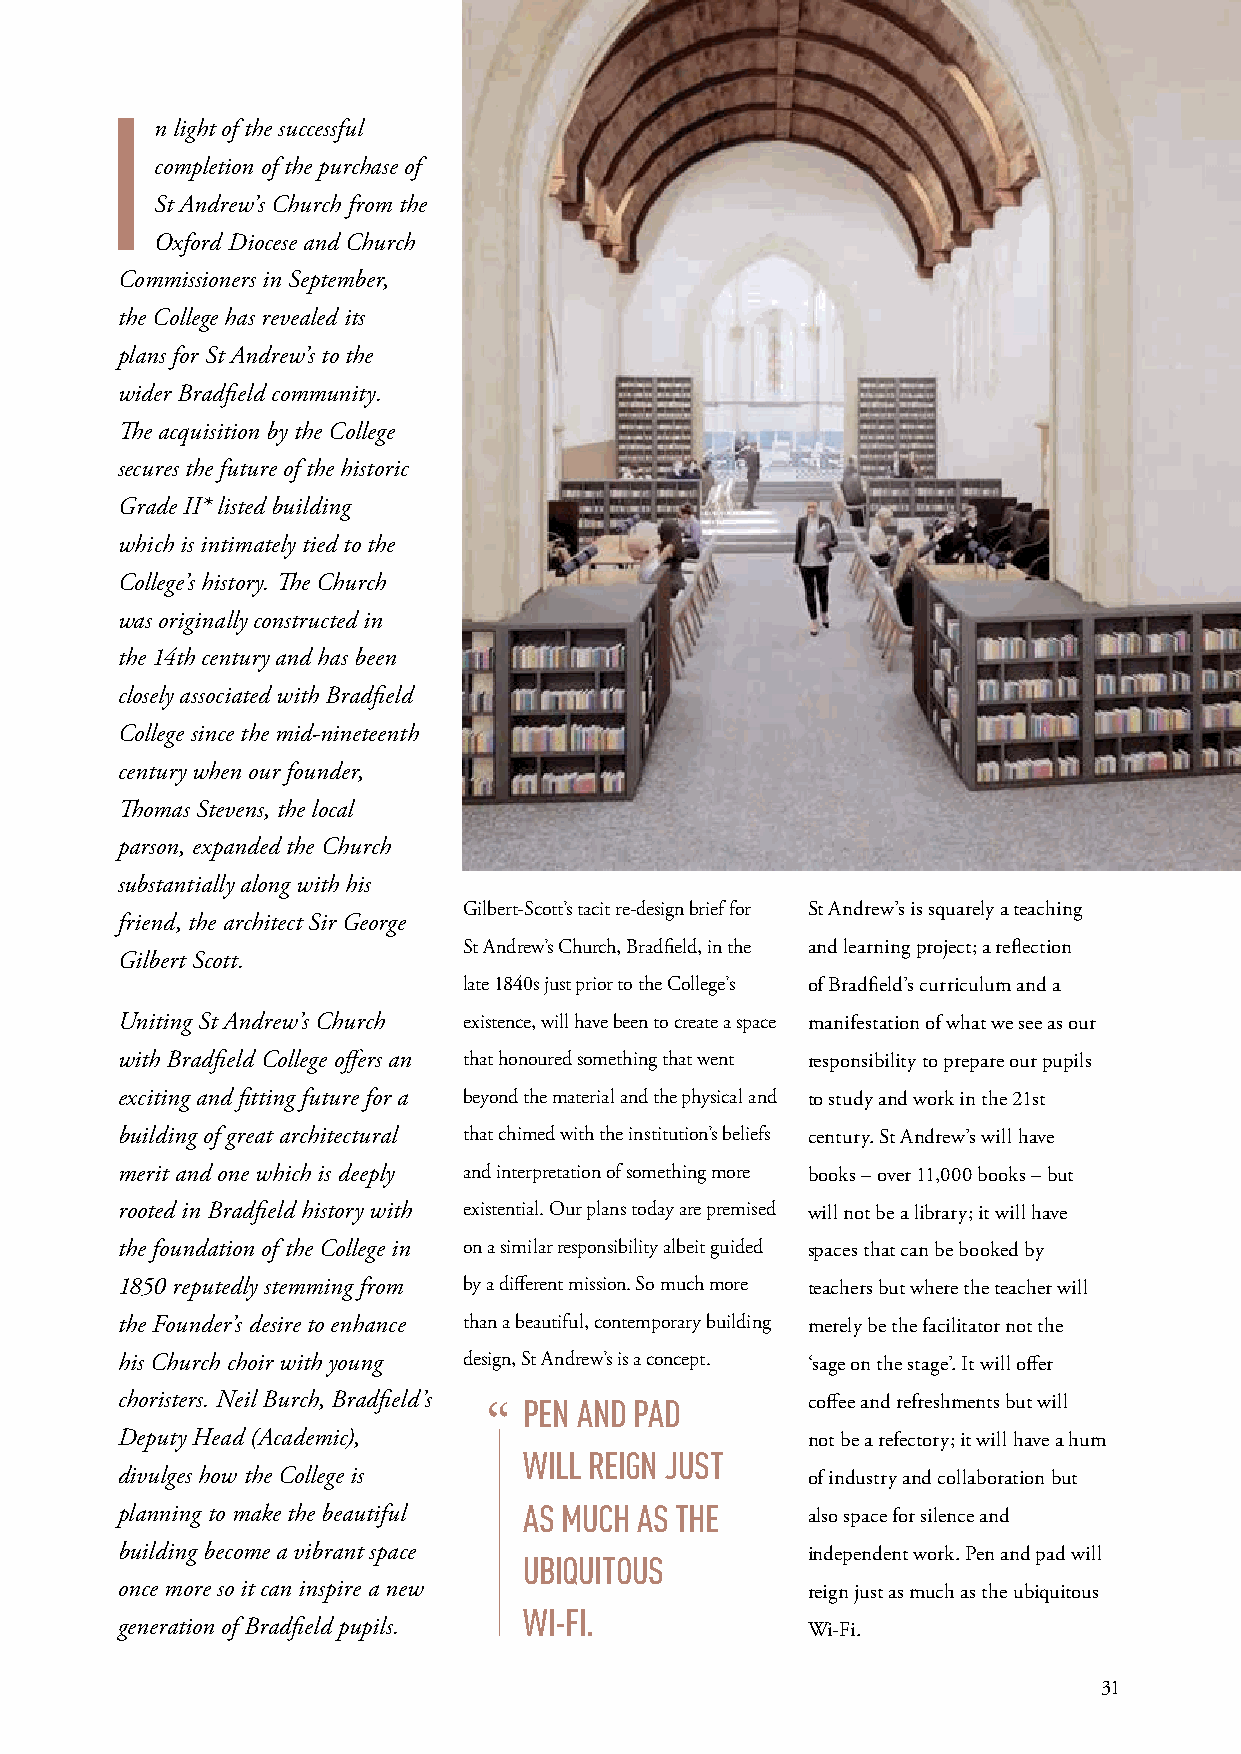
I
 n light of the successful
 completion of the purchase of
 St Andrew’s Church from the
 Oxford Diocese and Church
 Commissioners in September,
 the College has revealed its
 plans for St Andrew’s to the
 wider Bradfield community.
 The acquisition by the College
 secures the future of the historic
 Grade II* listed building
 which is intimately tied to the
 College’s history. The Church
 was originally constructed in
 the 14th century and has been
 closely associated with Bradfield
 College since the mid-nineteenth
 century when our founder,
 Thomas Stevens, the local
 parson, expanded the Church
 substantially along with his
 Gilbert-Scott’s tacit re-design brief for St Andrew’s is squarely a teaching
 friend, the architect Sir George
 St Andrew’s Church, Bradfield, in the and learning project; a reflection
 Gilbert Scott.
 late 1840s just prior to the College’s of Bradfield’s curriculum and a
 Uniting St Andrew’s Church existence, will have been to create a space manifestation of what we see as our
 with Bradfield College offers an that honoured something that went responsibility to prepare our pupils
 exciting and fitting future for a beyond the material and the physical and to study and work in the 21st
 building of great architectural that chimed with the institution’s beliefs century. St Andrew’s will have
 merit and one which is deeply and interpretation of something more books – over 11,000 books – but
 rooted in Bradfield history with existential. Our plans today are premised will not be a library; it will have
 the foundation of the College in on a similar responsibility albeit guided spaces that can be booked by
 1850 reputedly stemming from by a different mission. So much more teachers but where the teacher will
 the Founder’s desire to enhance than a beautiful, contemporary building merely be the facilitator not the
 his Church choir with young design, St Andrew’s is a concept. ‘sage on the stage’. It will offer
 choristers. Neil Burch, Bradfield’s PEN AND PAD coffee and refreshments but will
 “
 Deputy Head (Academic),                      not be a refectory; it will have a hum
 WILL REIGN JUST
 divulges how the College is                  of industry and collaboration but
 planning to make the beautiful AS MUCH AS THE also space for silence and
 building become a vibrant space              independent work. Pen and pad will
 UBIQUITOUS
 once more so it can inspire a new            reign just as much as the ubiquitous
 WI-FI.
 generation of Bradfield pupils.              Wi-Fi.
 31